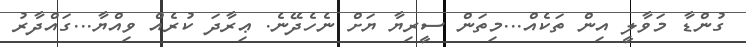
ގުންޑާ މަވާލީ އިން ތަކެއް...މިތަން ސީރިޔާ ޔަށް ނެހެދޭނެ. ޢިރާދަ ކުރެއް ވިއްޔާ...ގައްދާރު